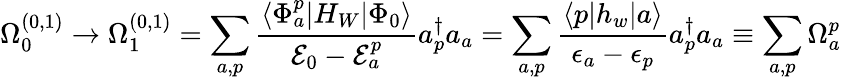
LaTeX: \Omega_{0}^{(0,1)}\rightarrow\Omega_{1}^{(0,1)}=\sum_{a,p}\frac{\langle\Phi_{a}^{p}|H_{W}|\Phi_{0}\rangle}{{\cal E}_{0}-{\cal E}_{a}^{p}}a_{p}^{\dagger}a_{a}=\sum_{a,p}\frac{\langle p|h_{w}|a\rangle}{\epsilon_{a}-\epsilon_{p}}a_{p}^{\dagger}a_{a}\equiv\sum_{a,p}\Omega_{a}^{p}